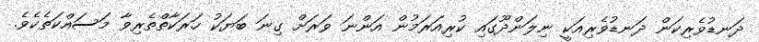
ދަނޑުވެރިކަން ދަނޑުވެރިއަކީ ނިލަންދޫގައި ކުރިއަރަމުން އަންނަ ވަރަށް ގިނަ ބަޔަކު ހަރަކާތްތެރިވާ މަސައްކަތެކެވެ.